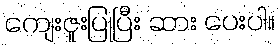
ကျေးဇူးပြုပြီး ဆား ပေးပါ။